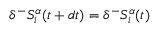
\delta ^ { - } S _ { i } ^ { \alpha } ( t + d t ) = \delta ^ { - } S _ { i } ^ { \alpha } ( t )